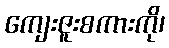
ကျေးဇူးစကားကို၊